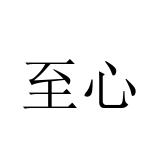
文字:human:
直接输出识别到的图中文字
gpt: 至心